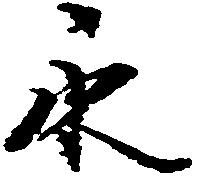
永